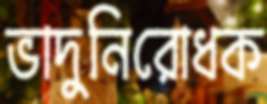
ভাদুনিরোধক